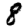
Digit: 8